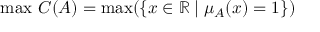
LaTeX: \operatorname* { m a x } \, C ( A ) = \operatorname* { m a x } ( \{ x \in \mathbb { R } \mid \mu _ { A } ( x ) = 1 \} )